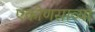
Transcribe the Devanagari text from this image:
एकोणसाव्या